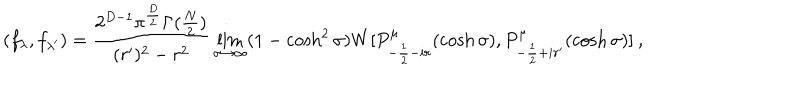
LaTeX: ( f _ { \lambda } , f _ { \lambda ^ { \prime } } ) = \frac { 2 ^ { D - 1 } \pi ^ { \frac { D } { 2 } } \Gamma ( \frac { N } { 2 } ) } { ( r ^ { \prime } ) ^ { 2 } - r ^ { 2 } } \lim _ { \sigma \rightarrow \infty } ( 1 - \cosh ^ { 2 } \sigma ) W [ P _ { - \frac { 1 } { 2 } - i r } ^ { \mu } ( \cosh \sigma ) , P _ { - \frac { 1 } { 2 } + i r ^ { \prime } } ^ { \mu } ( \cosh \sigma ) ] \: ,